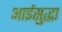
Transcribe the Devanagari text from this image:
आईसुद्धा